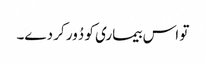
تو اس بیماری کو دُور کر دے۔